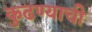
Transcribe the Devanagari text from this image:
कुढण्याची